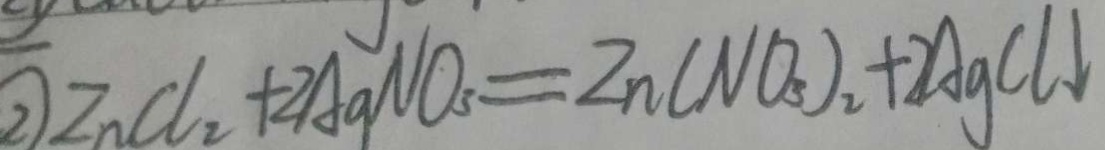
\textcircled { 2 } Z n C l _ { 2 } + 2 A g N O _ { 3 } = Z n ( N O _ { 3 } ) _ { 2 } + 2 A g C l \downarrow